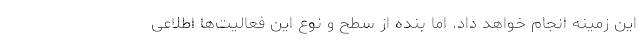
این زمینه انجام خواهد داد. اما بنده از سطح و نوع این فعالیت‌ها اطلاعی